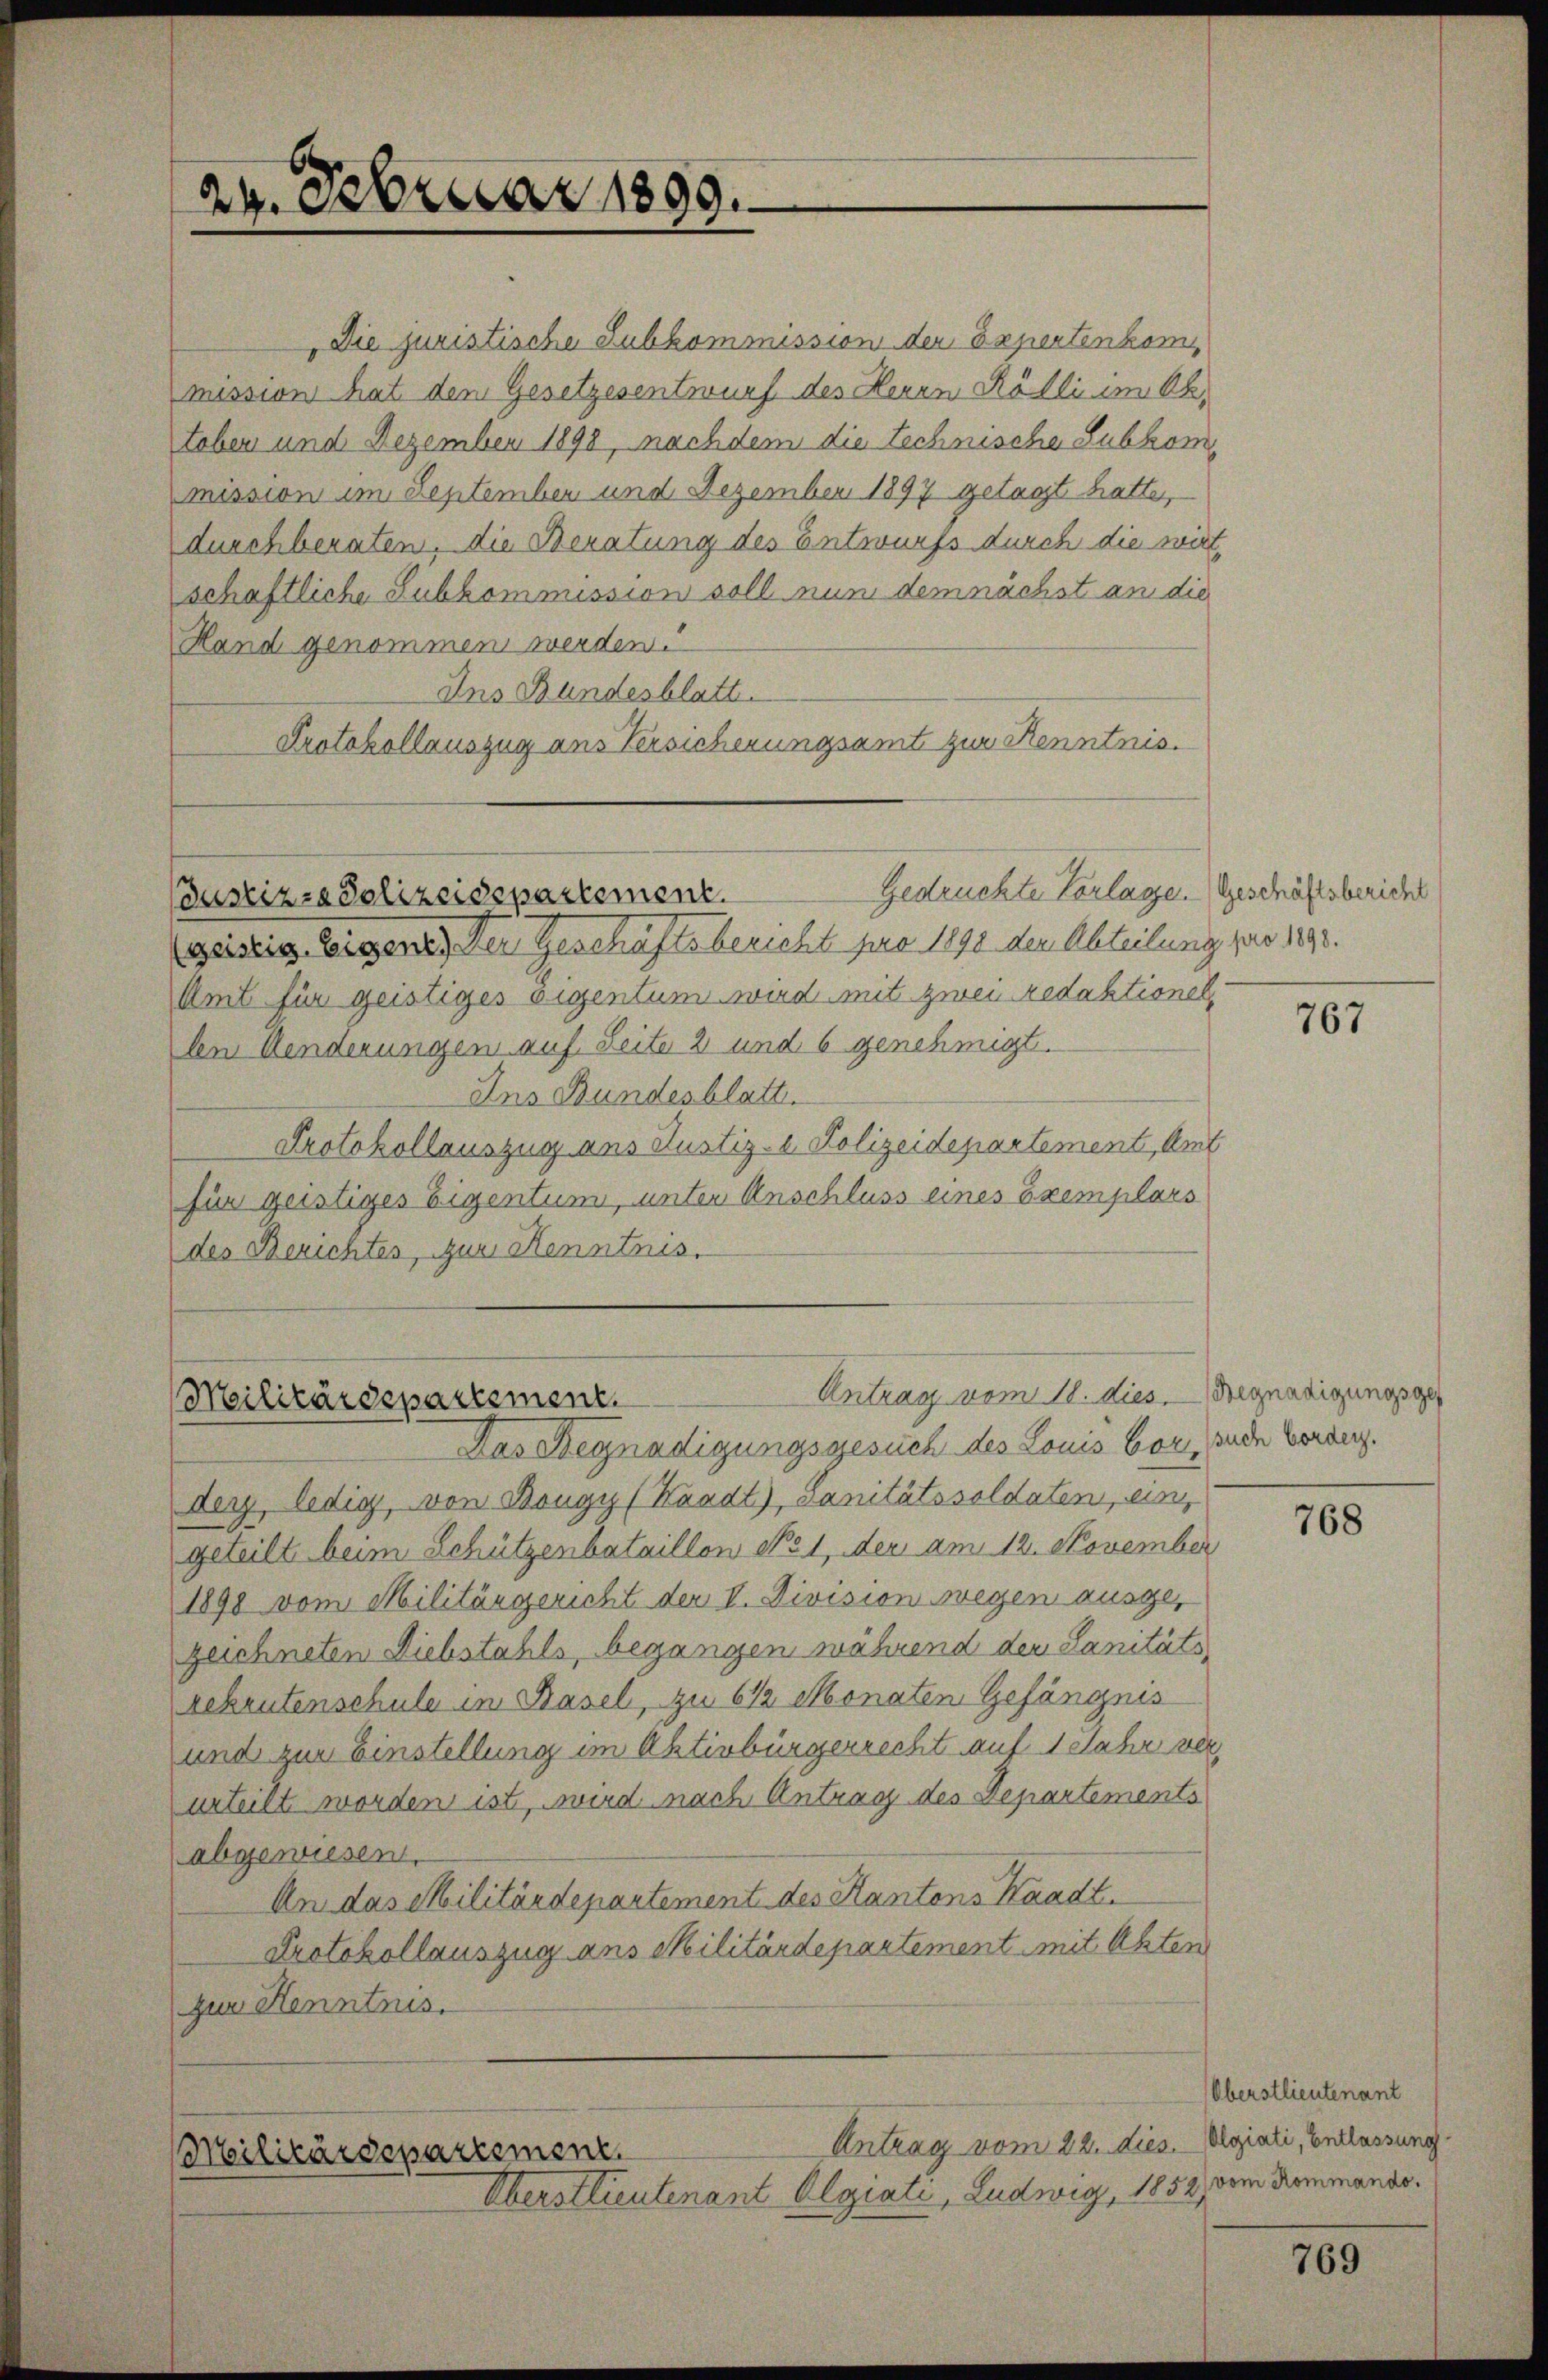
24. Februar 1890.

Die juristische Subkommission der Expertenkomi
mission hat dem Gesetzesentwurf des Herrn Kölli im OR.
tober und Dezember 1898, nachdem die technische Subkom
mission im September und Dezember 1897 getagt hatte,
durchberaten, die Beratung des Entwurfs durch die wirt,
schaftliche Subkommission soll nun demnächst an die
Hand genommen werden.
Ins Bundesblatt.
Protokollauszug aus Versicherungsamt zur Kenntnis.
Gedrückte Vorlage. (Geschäftsbericht
Justizza Polizeidepartement.
geistig. Sorgen der Geschäftsbericht pro 1898 der Abteilung für 1893.
Amt für geistiges Eigentum wird mit zwei redaktionel
den Menderungen auf Seite 2 und 6 genehmigt.
Ins Bundesblatt.
Protokollauszug aus Justiz- & Polizeidepartement, Amt
für geistiges Eigentum, unter Anschluss eines Exemplars
des Berichten, zur Kenntnis.
Antrag vom 18. dies. Begnadigungsge¬
Militärdepartement.
Das Begnadigungsgesuch des Louis bornde Voranz.
Derz, ledig, von Bougy (Kaadt), Sanitätssoldaten, ein
geteilt beim Schützenbataillon No 1, der am 12. November
1898 vom Militärgericht der II. Division wegen ausgezeichneten Diebstahls, begangen während der Sanitäts
rekrutenschule in Basel, zu 6 1/2 Monaten Gefängnis
und zur Einstellung im Aktivbürgerrecht auf 1 Jahr verurteilt worden ist, wird nach Antrag des Departements
abgewiesen.
An das Militärdepartement des Kantons Waadt.
Protokollauszug aus Militärdepartement mit Akten
zur Henntnis.
Antrag vom 22. dies. Olgiali, Entlassung.
Militärdepartement.
Oberstlieutenant Algiati, Ludwig, 1852, vom Kommands¬

767

768

Oberstlieutenant

769